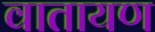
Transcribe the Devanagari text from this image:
वातायण